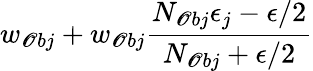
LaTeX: w_{\mathscr{O}bj}+w_{\mathscr{O}bj}\frac{{N_{\mathscr{O}bj}\epsilon_{j}-\epsilon/2}}{{N_{\mathscr{O}bj}+\epsilon/2}}